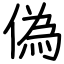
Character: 偽